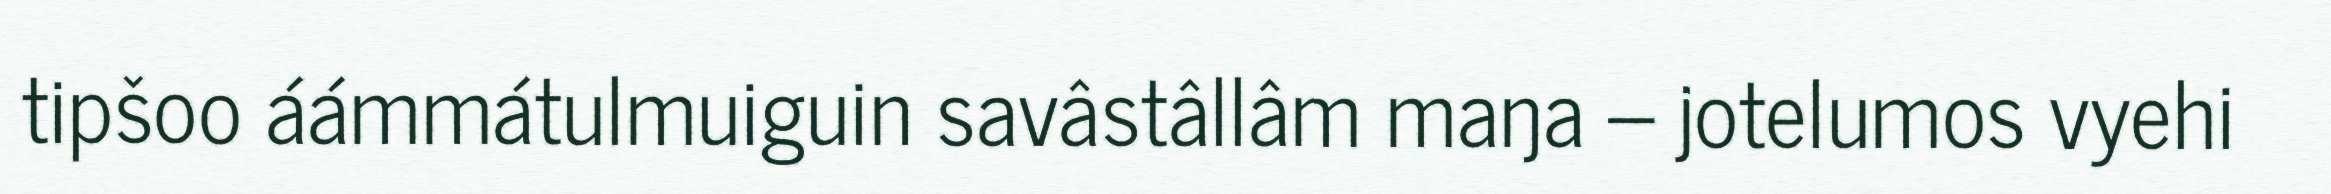
tipšoo áámmátulmuiguin savâstâllâm maŋa – jotelumos vyehi